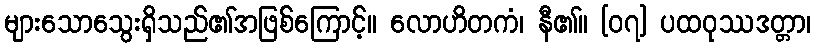
များသောသွေးရှိသည်၏အဖြစ်ကြောင့်။ လောဟိတကံ၊ နီ၏။ [၀၇] ပထဝုဿဒတ္တာ၊